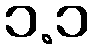
၁.၁